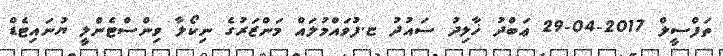
ތަފްސީލް 2017-04-29 ޢަބްދު ޚާލިދު ސައުދު ޏ.ފުވައްމުލައް މަންޒަރުގެ ނިކޯލާ ވިންސްޓެންލީ ޔުނައިޓެޑް